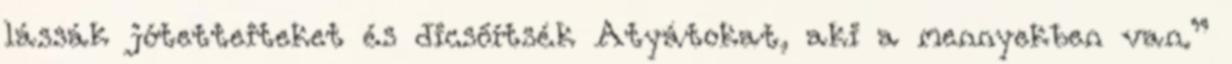
lássák jótetteiteket és dicsőítsék Atyátokat, aki a mennyekben van.”